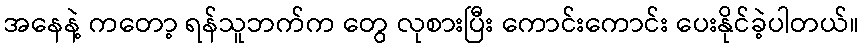
အနေနဲ့ ကတော့ ရန်သူဘက်က တွေ လုစားပြီး ကောင်းကောင်း ပေးနိုင်ခဲ့ပါတယ်။